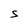
Character: S